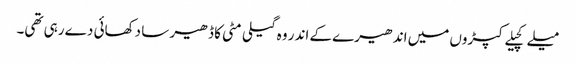
میلے کچیلے کپڑوں میں اندھیرے کے اندر وہ گیلی مٹی کا ڈھیر سا دکھائی دے رہی تھی۔